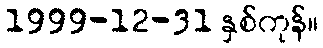
1999-12-31 နှစ်ကုန်။